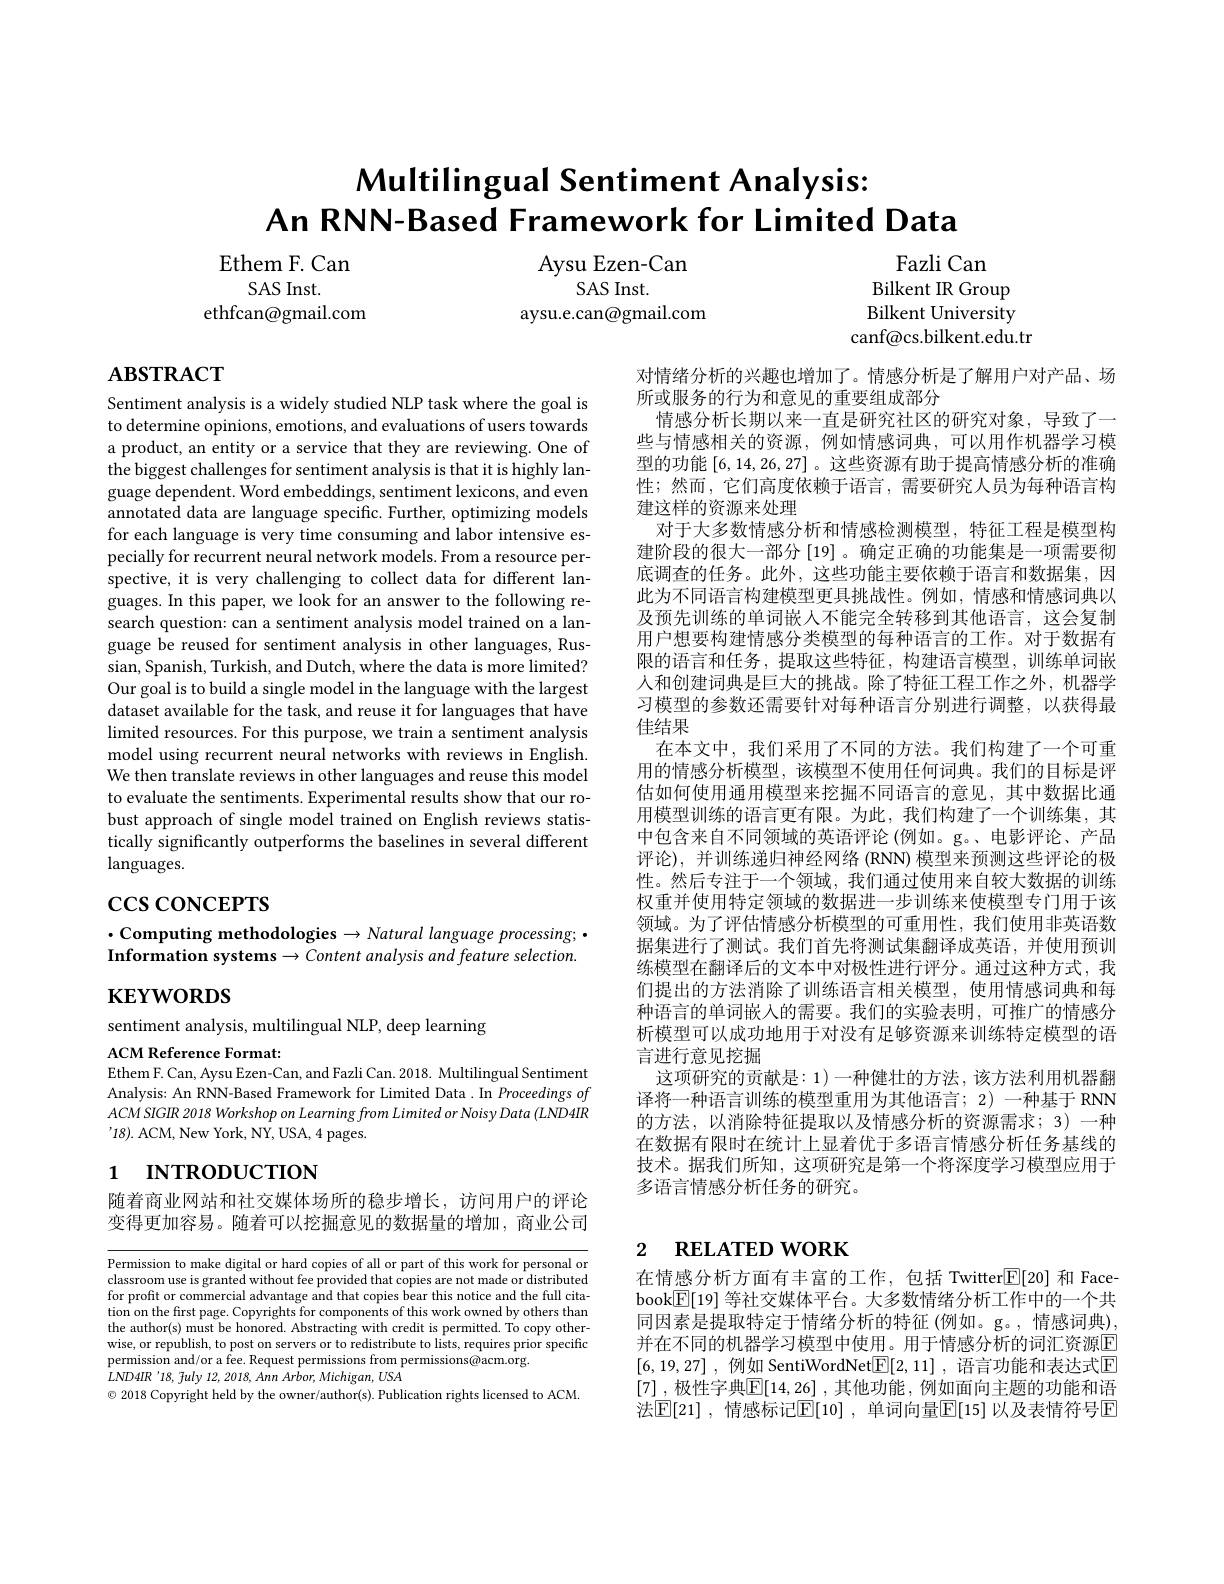
# Multilingual Sentiment Analysis: An RNN-Based Framework for Limited Data

Ethem F. Can
SAS Inst.
ethfcan@gmail.com

Aysu Ezen-Can
SAS Inst.
aysu.e.can@gmail.com

Fazli Can
Bilkent IR Group Bilkent University canf@cs.bilkent.edu.tr

$\mathbf{ABSTRACT}$

Sentiment analysis is a widely studied NLP task where the goal is to determine opinions, emotions, and evaluations of users towards a product, an entity or a service that they are reviewing. One of the biggest challenges for sentiment analysis is that it is highly language dependent. Word embeddings, sentiment lexicons, and even annotated data are language specific. Further, optimizing models for each language is very time consuming and labor intensive especially for recurrent neural network models. From a resource perspective, it is very challenging to collect data for different languages. In this paper, we look for an answer to the following research question: can a sentiment analysis model trained on a language be reused for sentiment analysis in other languages, Russian, Spanish, Turkish, and Dutch, where the data is more limited? Our goal is to build a single model in the language with the largest dataset available for the task, and reuse it for languages that have limited resources. For this purpose, we train a sentiment analysis model using recurrent neural networks with reviews in English. We then translate reviews in other languages and reuse this model to evaluate the sentiments. Experimental results show that our robust approach of single model trained on English reviews statistically significantly outperforms the baselines in several different languages.

对情绪分析的兴趣也增加了。情感分析是了解用户对产品、场
所或服务的行为和意见的重要组成部分
情感分析长期以来一直是研究社区的研究对象，导致了一些与情感相关的资源，例如情感词典，可以用作机器学习模型的功能[6,14,26,27]。这些资源有助于提高情感分析的准确性；然而，它们高度依赖于语言，需要研究人员为每种语言构建这样的资源来处理
对于大多数情感分析和情感检测模型，特征工程是模型构建阶段的很大一部分 [19]。确定正确的功能集是一项需要彻底调查的任务。此外，这些功能主要依赖于语言和数据集，因此为不同语言构建模型更具挑战性。例如，情感和情感词典以及预先训练的单词嵌人不能完全转移到其他语言，这会复制用户想要构建情感分类模型的每种语言的工作。对于数据有限的语言和任务，提取这些特征，构建语言模型，训练单词嵌人和创建词典是巨大的挑战。除了特征工程工作之外，机器学习模型的参数还需要针对每种语言分别进行调整，以获得最佳结果
在本文中，我们采用了不同的方法。我们构建了一个可重用的情感分析模型，该模型不使用任何词典。我们的目标是评估如何使用通用模型来挖掘不同语言的意见，其中数据比通用模型训练的语言更有限。为此，我们构建了一个训练集，其中包含来自不同领域的英语评论(例如。g。、电影评论、产品评论),并训练递归神经网络 (RNN) 模型来预测这些评论的极性。然后专注于一个领域，我们通过使用来自较大数据的训练权重并使用特定领域的数据进一步训练来使模型专门用于该领域。为了评估情感分析模型的可重用性，我们使用非英语数据集进行了测试。我们首先将测试集翻译成英语，并使用预训练模型在翻译后的文本中对极性进行评分。通过这种方式，我们提出的方法消除了训练语言相关模型，使用情感词典和每种语言的单词嵌入的需要。我们的实验表明，可推广的情感分析模型可以成功地用于对没有足够资源来训练特定模型的语言进行意见挖掘
这项研究的贡献是：1)一种健壮的方法，该方法利用机器翻译将一种语言训练的模型重用为其他语言；2) 一种基于 RNN 的方法，以消除特征提取以及情感分析的资源需求；3) 一种在数据有限时在统计上显着优于多语言情感分析任务基线的技术。据我们所知，这项研究是第一个将深度学习模型应用于多语言情感分析任务的研究。

$\csc\csc$coNCEPTS

$\cdot$Computing methodologies$\to Natural$ language processing;$\bullet$ Information systems $\to Content$ analysis and feature selection.

$\mathbf{KEYWORDS}$

sentiment analysis, multilingual NLP, deep learning

ACM Reference Format:
Ethem F. Can, Aysu Ezen-Can, and Fazli Can. 2018. Multilingual Sentiment Analysis: An RNN-Based Framework for Limited Data. In Proceedings of ACM SIGIR 2018 Workshop on Learning from Limited or Noisy Data (LND4IR '18). ACM, New York, NY, USA, 4 pages.

# 1 INTRODUCTION

随着商业网站和社交媒体场所的稳步增长，访问用户的评论变得更加容易。随着可以挖掘意见的数据量的增加，商业公司

# 2 $\textbf{RELATED WORK}$

Permission to make digital or hard copies of all or part of this work for personal or classroom use is granted without fee provided that copies are not made or distributed for profit or commercial advantage and that copies bear this notice and the full citation on the first page. Copyrights for components of this work owned by others than the author(s) must be honored. Abstracting with credit is permitted. To copy otherwise, or republish, to post on servers or to redistribute to lists, requires prior specific permission and/or a fee. Request permissions from permissions@acm.org.
$LND4IR$ '18, fuly 12, 2018, Ann Arbor, Michigan, USA
$\odot$ 2018 Copyright held by the owner/author(s). Publication rights licensed to ACM.

在情感分析方面有丰富的工作，包括 Twitter$\boxed{\mathbb{E}}[20]$和 Facebook$\boxed{\mathbb{F}}[19]$等社交媒体平台。大多数情绪分析工作中的一个共同因素是提取特定于情绪分析的特征(例如。g。,情感词典), 并在不同的机器学习模型中使用。用于情感分析的词汇资源$\overline{\mathrm{E}}$ [6,19,27] , 例如 SentiWordNet$\boxed{\mathrm{F} }[ 2, 11]$ , 语言功能和表达式$\boxed{\mathrm{E}}$ [7] ,极性字典$\mathbb{E} [ 14, 26]$ ,其他功能，例如面向主题的功能和语法$\mathbb{E}[21]$ ,情感标记$\mathbb{E}[10]$ ,单词向量$\mathbb{E}[15]$ 以及表情符号$\mathbb{E}$